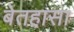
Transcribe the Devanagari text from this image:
बेतहासा